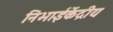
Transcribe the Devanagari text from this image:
निभाईकेंद्रीय